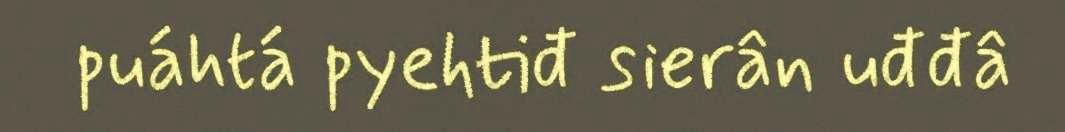
puáhtá pyehtiđ sierân uđđâ